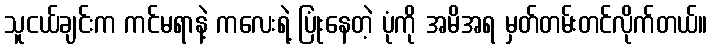
သူငယ်ချင်းက ကင်မရာနဲ့ ကလေးရဲ့ ပြုံးနေတဲ့ ပုံကို အမိအရ မှတ်တမ်းတင်လိုက်တယ်။